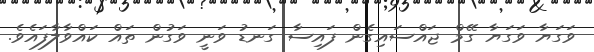
ވަގަޔާ ވަގަޔާ ގޭމް ޖައްސައިގެން ފައިސާ ގަނޑު ވަނީ ވަގުން ތައް ކައްވާލާފައެވެ.